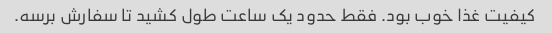
کیفیت غذا خوب بود. فقط حدود یک ساعت طول کشید تا سفارش برسه.